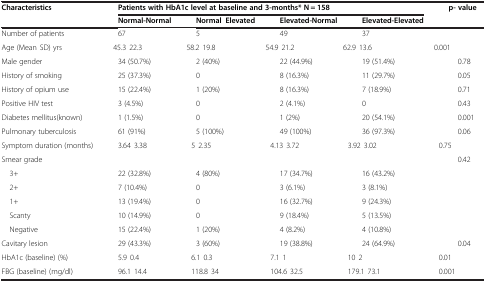
| <ROWSPAN=2> Characteristics | <COLSPAN=4> Patients with HbA1c level at baseline and 3-months* N = 158 | <ROWSPAN=2> p- value† |
 | Normal-Normal | Normal–Elevated | Elevated-Normal | Elevated-Elevated |
 | --- | --- | --- | --- | --- | --- |
 | Number of patients | 67 | 5 | 49 | 37 |  |
 | Age (Mean ± SD) yrs | 45.3 ± 22.3 | 58.2 ± 19.8 | 54.9 ± 21.2 | 62.9 ± 13.6 | 0.001 |
 | Male gender | 34 (50.7%) | 2 (40%) | 22 (44.9%) | 19 (51.4%) | 0.78 |
 | History of smoking | 25 (37.3%) | 0 | 8 (16.3%) | 11 (29.7%) | 0.05 |
 | History of opium use | 15 (22.4%) | 1 (20%) | 8 (16.3%) | 7 (18.9%) | 0.71 |
 | Positive HIV test | 3 (4.5%) | 0 | 2 (4.1%) | 0 | 0.43 |
 | Diabetes mellitus(known) | 1 (1.5%) | 0 | 1 (2%) | 20 (54.1%) | 0.001 |
 | Pulmonary tuberculosis | 61 (91%) | 5 (100%) | 49 (100%) | 36 (97.3%) | 0.06 |
 | Symptom duration (months) | 3.64 ± 3.38 | 5 ± 2.35 | 4.13 ± 3.72 | 3.92 ± 3.02 | 0.75 |
 | Smear grade |  |  |  |  | 0.42 |
 | 3+ | 22 (32.8%) | 4 (80%) | 17 (34.7%) | 16 (43.2%) |  |
 | 2+ | 7 (10.4%) | 0 | 3 (6.1%) | 3 (8.1%) |  |
 | 1+ | 13 (19.4%) | 0 | 16 (32.7%) | 9 (24.3%) |  |
 | Scanty | 10 (14.9%) | 0 | 9 (18.4%) | 5 (13.5%) |  |
 | Negative | 15 (22.4%) | 1 (20%) | 4 (8.2%) | 4 (10.8%) |  |
 | Cavitary lesion | 29 (43.3%) | 3 (60%) | 19 (38.8%) | 24 (64.9%) | 0.04 |
 | HbA1c (baseline) (%) | 5.9 ± 0.4 | 6.1 ± 0.3 | 7.1 ± 1 | 10 ± 2 | 0.01 |
 | FBG (baseline) (mg/dl) | 96.1 ± 14.4 | 118.8 ± 34 | 104.6 ± 32.5 | 179.1 ± 73.1 | 0.001 |